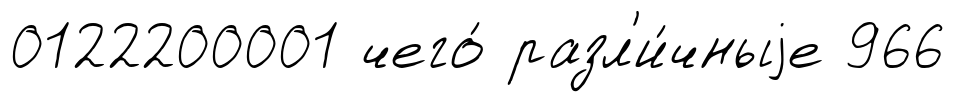
0122200001 чего́ разл'и́чныjе 966